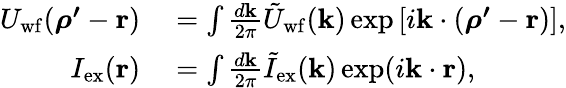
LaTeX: \begin{array}{rl}{U_{\mathrm{wf}}(\boldsymbol{\rho^{\prime}}-\mathbf{r})}&{{}=\int\frac{d\mathbf{k}}{2\pi}\tilde{U}_{\mathrm{wf}}(\mathbf{k})\exp\left[i\mathbf{k}\cdot(\boldsymbol{\rho^{\prime}}-\mathbf{r})\right],}\\ {I_{\mathrm{ex}}(\mathbf{r})}&{{}=\int\frac{d\mathbf{k}}{2\pi}\tilde{I}_{\mathrm{ex}}(\mathbf{k})\exp(i\mathbf{k}\cdot\mathbf{r}),}\end{array}